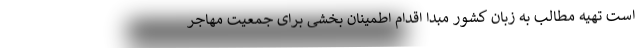
است تهیه مطالب به زبان کشور مبدا اقدام اطمینان بخشی برای جمعیت مهاجر